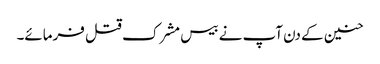
حنین کے دن آپ نے بیس مشرک قتل فرمائے۔